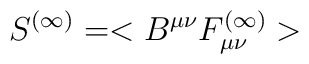
S^{(\infty)}=<B^{\mu\nu}F_{\mu\nu}^{(\infty)}>